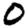
Digit: 0